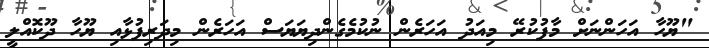
"ޔޫހާ އަހަންނަށް މާފުކުރޭ މިއަދު އަހަރެން ނުކުމެގެންދިޔަޔަސް އަހަރެން މިދަރިފުޅާއި ޔޫހާ ދޫކޮއްލީ